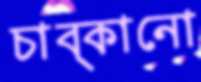
চাব্‌কানো